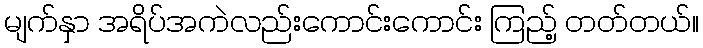
မျက်နှာ အရိပ်အကဲလည်းကောင်းကောင်း ကြည့် တတ်တယ်။